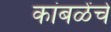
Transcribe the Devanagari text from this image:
कांबळेंचे